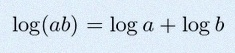
\log(ab)=\log a+\log b